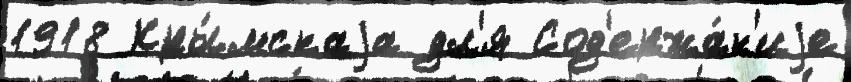
1918 Кры́мскаjа дл'я Сод'ержа́н'иjе